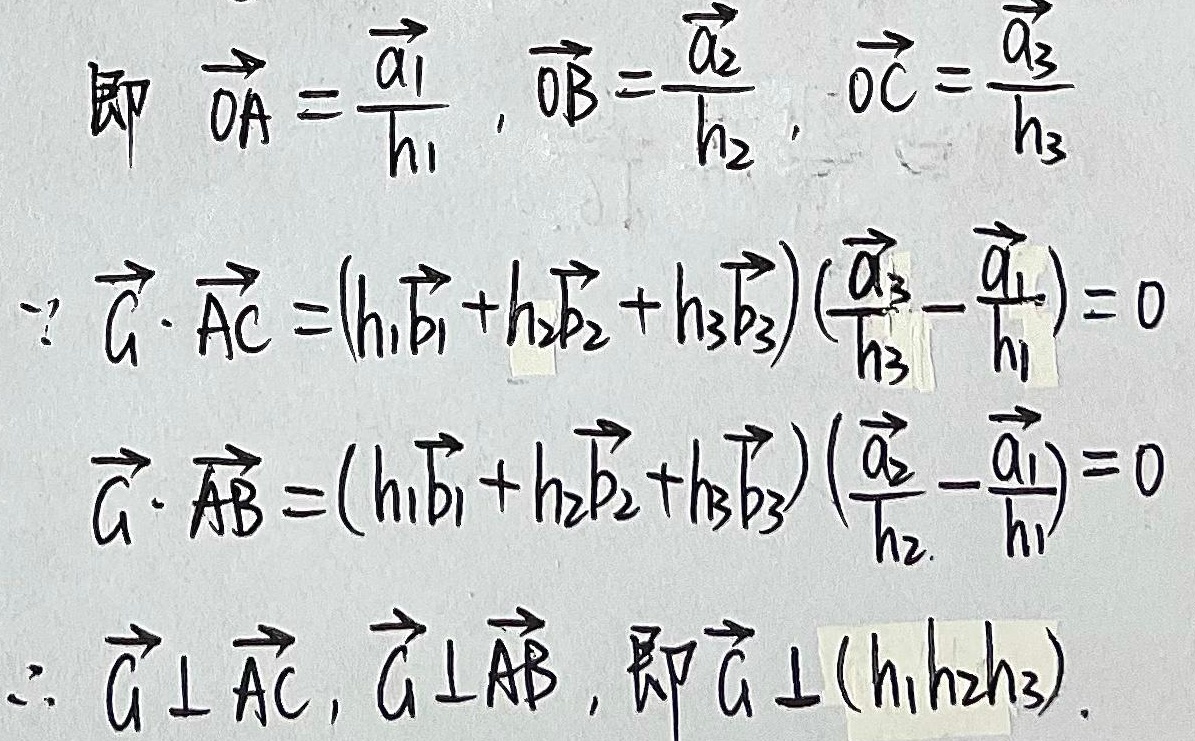
即
\begin{align*}
&\overrightarrow{OA} = \frac{\overrightarrow{a_1}}{h_1},\overrightarrow{OB}=\frac{\overrightarrow{a_2}}{h_2},\overrightarrow{OC}=\frac{\overrightarrow{a_3}}{h_3}\\
&\because\overrightarrow{G}\cdot\overrightarrow{AC}=(h_1\overrightarrow{b_1}+h_2\overrightarrow{b_2}+h_3\overrightarrow{b_3})\left(\frac{\overrightarrow{a_3}}{h_3}-\frac{\overrightarrow{a_1}}{h_1}\right)=0\\
&\overrightarrow{G}\cdot\overrightarrow{AB}=(h_1\overrightarrow{b_1}+h_2\overrightarrow{b_2}+h_3\overrightarrow{b_3})\left(\frac{\overrightarrow{a_2}}{h_2}-\frac{\overrightarrow{a_1}}{h_1}\right)=0\\
&\therefore\overrightarrow{G}\perp\overrightarrow{AC},\overrightarrow{G}\perp\overrightarrow{AB},\text{即}\overrightarrow{G}\perp(h_1h_2h_3).
\end{align*}